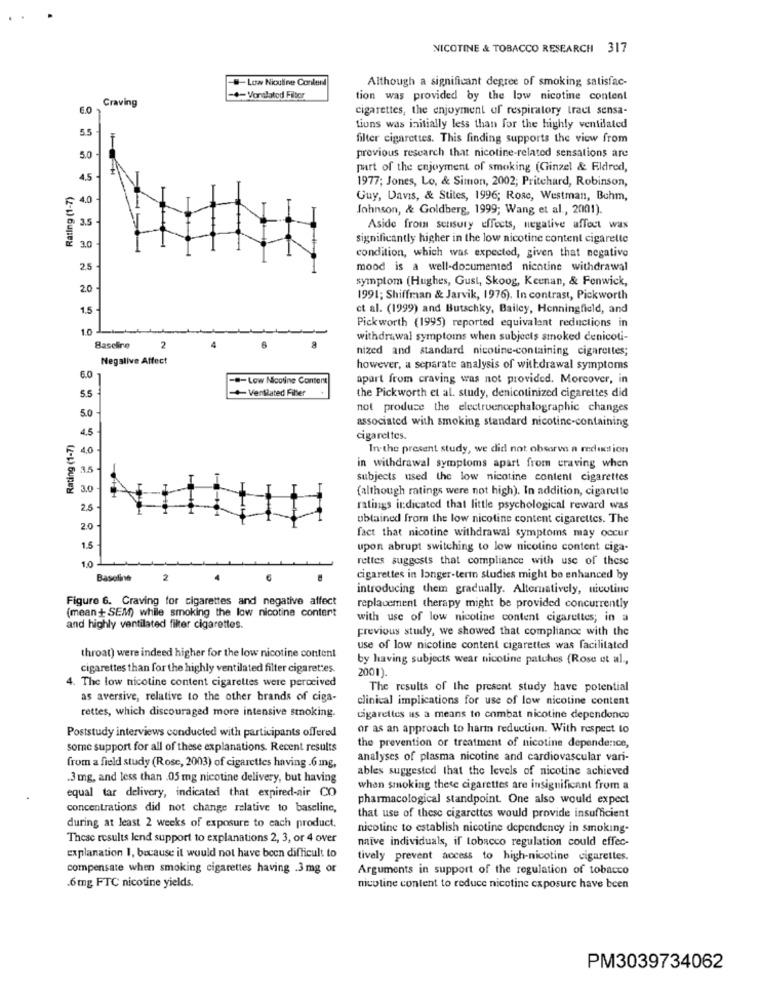
NICOTINE & TOBACCO RESEARCH 317
-Low Niculine Conlenl
Although a significant degree of smoking satisfac-
Craving
- Vondlatod Filber
tion was provided by the law nicotine content
6.0
cigarettes, the enjoyment of respiratory tract sensa-
5.5
tions was initially less than for the highly ventilated
filter cigarettes. This finding supports the view from
5.0
previous research that nicotine-related sensations are
part of the enjoyment of smoking (Ginzel & Eldred,
4,5
1977; Jones, Lo, & Simon, 2002; Pritchard, Robinson,
Rating (1-7)
F 4.0
Guy, Davis, & Stites, 1996; Rose, Westman, Buhm,
Johnson, & Goldberg, 1999; Wang et al ., 2001).
D. 3.5 -
Aside from sensory effects, negative affect was
significantly higher in the low nicotine content cigarette
3.0
condition, which was expected, given that negativo
2.5
mood is a well-documented nicotine withdrawal
symptom (Hughes, Gust, Skoog, Keenan, & Fenwick,
2.0
1991; Shiffman & Jarvik, 1976). In contrast, Pickworth
1.5
et al. (1999) and Butschky, Bailey, Henningfield, and
Pickworth (1995) reported equivalent reductions in
1.0
withdrawal symptoms when subjects smoked cenicoti-
Baselire
2
nized and standard nicotine-containing cigarettes;
Negative Affect
however, a separate analysis of withdrawal symptoms
6.0
-.- Low Nicotine Content
apart from craving was not provided. Moreover, in
+Ventilated Filler
the Pickworth et al. study, denicotinized cigarettes did
5.5
not produce the electroencephalographic changes
5.0
associated with smoking standard nicotine-containing
4.5
Rating (1-7)
cigarettes.
4,0
In-the present study, we did not observe a reduction
@ 35
in withdrawal symptoms apart from craving when
subjects used the low nicotine content cigarettes
3.0
(although ratings were not high). In addition, cigarette
A
2.5
ratings indicated that little psychological reward was
obtained from the low nicoline content cigarettes. The
2.0
fact that nicotine withdrawal symptoms may occur
1.5
upon abrupt switching to low nicotine content ciga-
10
rettes suggests that compliance with use of these
Baseline
2
cigarettes in longer-term studies might be enhanced by
introducing them gradually. Alternatively, nicotine
Figure 6. Craving for cigarettes and negative affect
(mean+ SEM) while smoking the low nicotine content
replacement therapy might be provided concurrently
with use of low nicotine content cigarettes; in a
and highly ventilated filter cigarettes.
previous study, we showed that compliance with the
use of low nicotine content cigarettes was facilitated
throat) were indeed higher for the low nicotine content
by having subjects wear nicotine patches (Rose et al .,
cigarettes than for the highly ventilated filter cigarettes.
2001).
4. The low nicotine content cigarettes were perceived
The results of the present study have potential
as aversive, relative to the other brands of ciga-
clinical implications for use of low nicotine content
rettes, which discouraged more intensive smoking.
cigarettes as a means to combat nicotine dependonco
or as an approach to harm reduction. With respect to
Poststudy interviews conducted with participants offered
some support for all of these explanations. Recent results
the prevention of treatment of nicotine dependence,
analyses of plasma nicotine and cardiovascular vari-
from a field study (Rose, 2003) of cigarettes having .6 mg,
ables suggested that the levels of nicotine achieved
.3 mg, and less than .05 mg nicotine delivery, but having
when smoking these cigarettes are insignificant from a
equal tar delivery, indicated that expired-air CO
pharmacological standpoint. One also would expect
concentrations did not change relative to baseline,
that use of these cigarettes would provide insufficient
during at least 2 weeks of exposure to each product.
nicotine to establish nicotine dependency in smoking-
These results lend support to explanations 2, 3, or 4 over
naive individuals, if tobacco regulation could effec-
explanation 1, because it would not have been difficult to
tively prevent access to high-nicotine cigarettes.
compensate when smoking cigarettes having .3 mg or
Arguments in support of the regulation of tobacco
.6mg FTC nicotine yields.
nicoline content to reduce nicotine exposure have been
PM3039734062